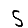
Digit: 5